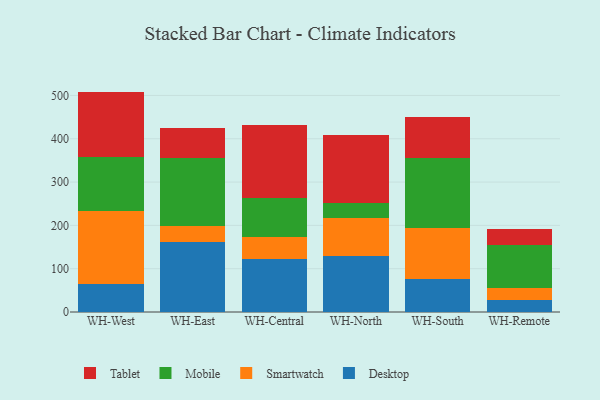
{"axis": {"x": "Warehouse", "y": "Temperature (°C)"}, "legend": ["Desktop", "Mobile", "Smartwatch", "Tablet"], "data": [{"x": "WH-West", "y": 64.2, "type": "Desktop"}, {"x": "WH-West", "y": 168.1, "type": "Smartwatch"}, {"x": "WH-West", "y": 125.3, "type": "Mobile"}, {"x": "WH-West", "y": 151.3, "type": "Tablet"}, {"x": "WH-East", "y": 161.0, "type": "Desktop"}, {"x": "WH-East", "y": 37.4, "type": "Smartwatch"}, {"x": "WH-East", "y": 157.9, "type": "Mobile"}, {"x": "WH-East", "y": 67.5, "type": "Tablet"}, {"x": "WH-Central", "y": 122.4, "type": "Desktop"}, {"x": "WH-Central", "y": 50.9, "type": "Smartwatch"}, {"x": "WH-Central", "y": 89.3, "type": "Mobile"}, {"x": "WH-Central", "y": 170.0, "type": "Tablet"}, {"x": "WH-North", "y": 129.2, "type": "Desktop"}, {"x": "WH-North", "y": 87.6, "type": "Smartwatch"}, {"x": "WH-North", "y": 33.9, "type": "Mobile"}, {"x": "WH-North", "y": 157.6, "type": "Tablet"}, {"x": "WH-South", "y": 77.3, "type": "Desktop"}, {"x": "WH-South", "y": 115.7, "type": "Smartwatch"}, {"x": "WH-South", "y": 161.5, "type": "Mobile"}, {"x": "WH-South", "y": 96.1, "type": "Tablet"}, {"x": "WH-Remote", "y": 28.5, "type": "Desktop"}, {"x": "WH-Remote", "y": 26.0, "type": "Smartwatch"}, {"x": "WH-Remote", "y": 100.2, "type": "Mobile"}, {"x": "WH-Remote", "y": 37.9, "type": "Tablet"}]}